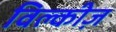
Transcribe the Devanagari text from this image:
विल्कीज़